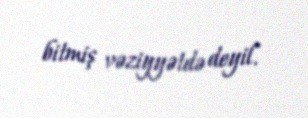
bitmiş vəziyyətdə deyil.